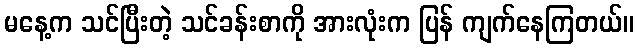
မနေ့က သင်ပြီးတဲ့ သင်ခန်းစာကို အားလုံးက ပြန် ကျက်နေကြတယ်။